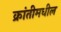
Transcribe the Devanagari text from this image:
क्रांतीमधील